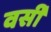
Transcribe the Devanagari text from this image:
वर्सी